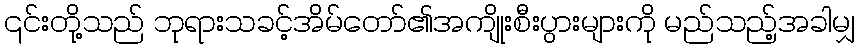
၎င်းတို့သည် ဘုရားသခင့်အိမ်တော်၏အကျိုးစီးပွားများကို မည်သည့်အခါမျှ